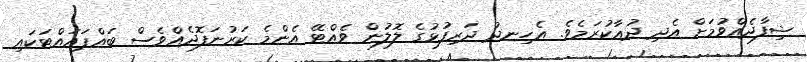
ޝިފާދެއްވުމަށް އެދި ދުޢާކުރަމެވެ. އެހިނދު ދަރިފުޅުގެ ލޮލުން ވެއްޓޭ އެންމެ ކަރުނަފޮދެއްވެސް ބައްޕައައްޓަކައި